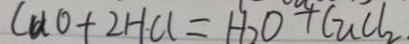
C u O + 2 H C l = H _ { 2 } O + C u C l _ { 2 }